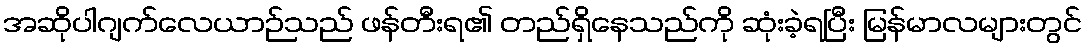
အဆိုပါဂျက်လေယာဉ်သည် ဖန်တီးရ၏ တည်ရှိနေသည်ကို ဆုံးခဲ့ရပြီး မြန်မာလများတွင်